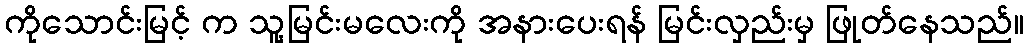
ကိုသောင်းမြင့် က သူ့မြင်းမလေးကို အနားပေးရန် မြင်းလှည်းမှ ဖြုတ်နေသည်။